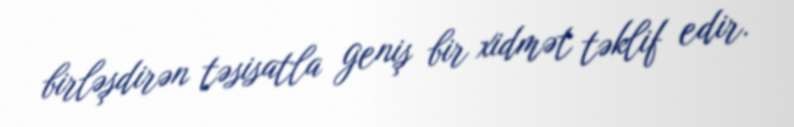
birləşdirən təsisatla geniş bir xidmət təklif edir.